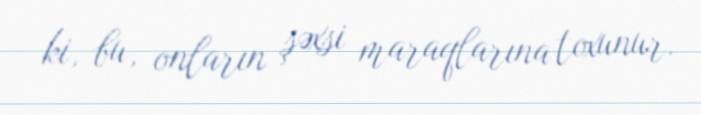
ki, bu, onların şəxsi maraqlarına toxunur.